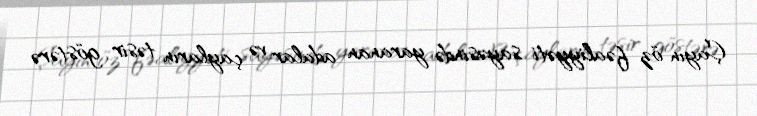
Çayın öz fəaliyyəti sayəsində yaranan adalar və çayların təsir göstərə